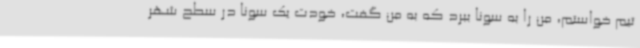
تیم خواستم، من را به سونا ببرد که به من گفت، خودت یک سونا در سطح شهر